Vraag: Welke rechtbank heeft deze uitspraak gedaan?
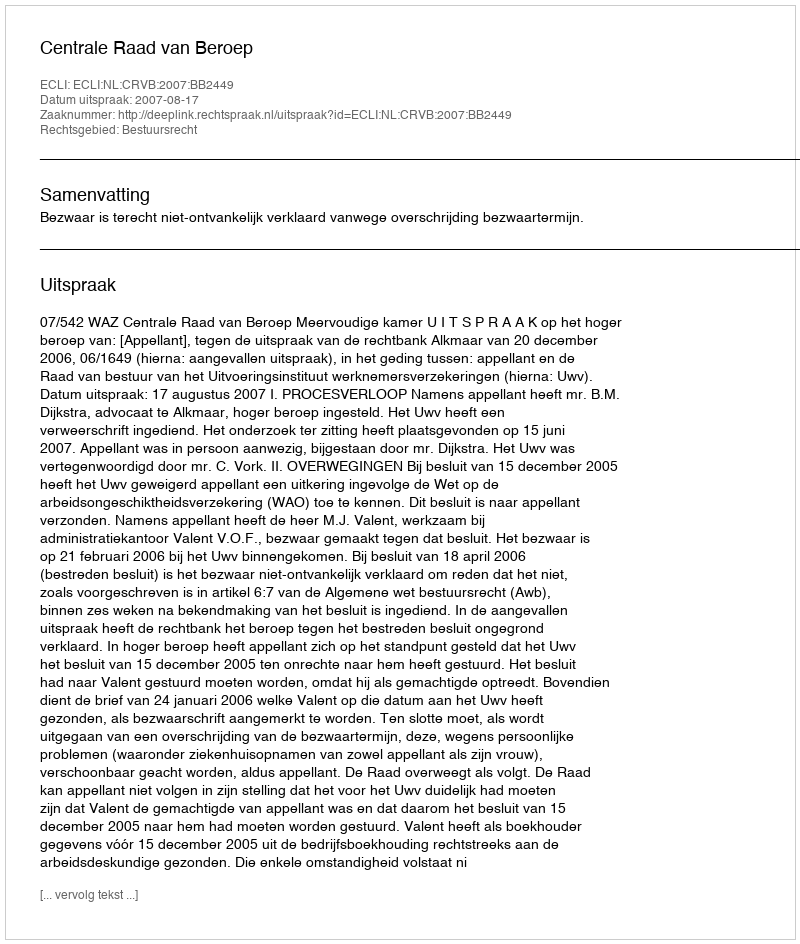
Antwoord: Centrale Raad van Beroep